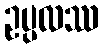
ဥပ္ပလဿ